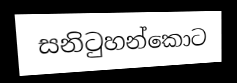
සනිටුහන්කොට